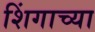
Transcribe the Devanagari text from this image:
शिंगाच्या